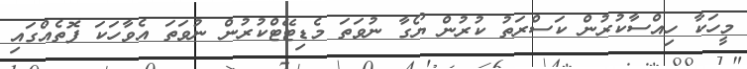
މީހަކާ ހިއްސާކުރުން ކަސްރަތު ކުރުން ޔޯގާ ނުވަތަ މެޑިޓޭޓްކުރުން ނުވަތަ އެވާހަކަ ފޮތެއްގައި